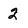
Character: 2